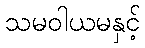
သမဝါယမနှင့်